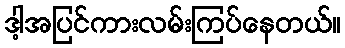
ဒါ့အပြင်ကားလမ်းကြပ်နေတယ်။